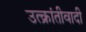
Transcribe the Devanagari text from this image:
उत्क्रांतीवादी